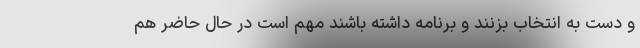
و دست به انتخاب بزنند و برنامه داشته باشند مهم است در حال حاضر هم